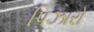
પિઝારો